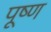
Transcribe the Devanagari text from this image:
पूष्ण